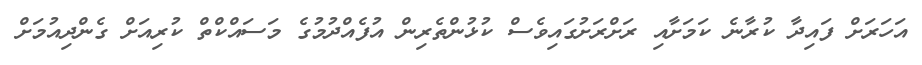
އަހަރަށް ފައިދާ ކުރާނެ ކަމަށާއި ރަށްރަށުގައިވެސް ކުޅުންތެރިން އުފެއްދުމުގެ މަސައްކްތް ކުރިއަށް ގެންދިއުމަށް